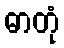
ဓာတုံ